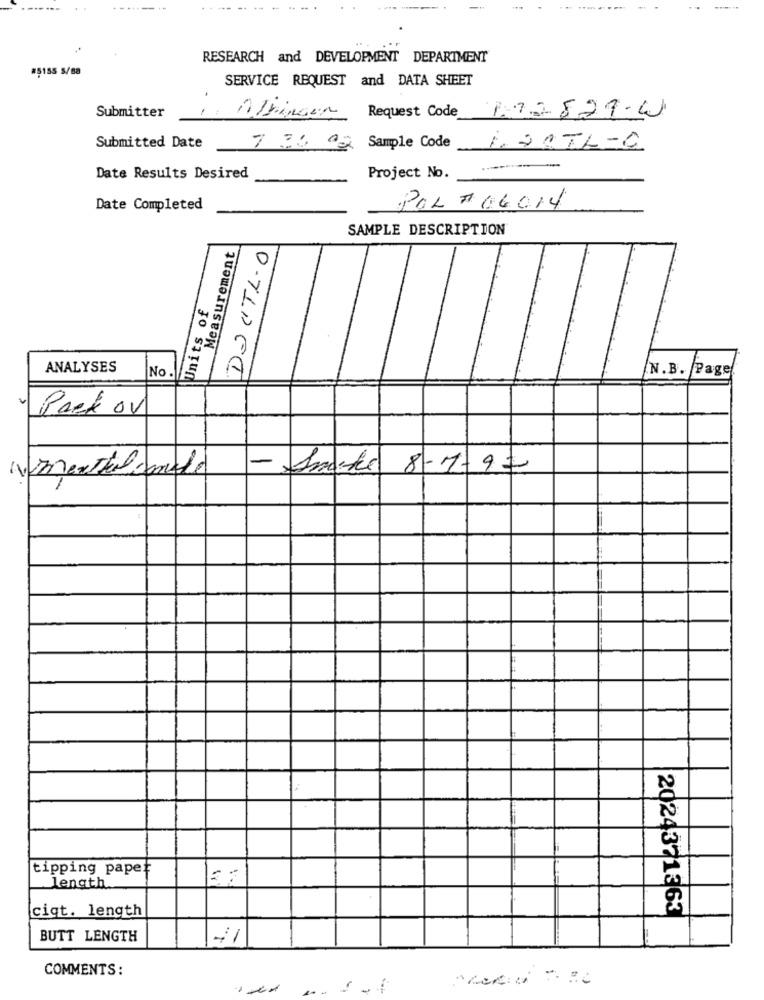
RESEARCH and DEVELOPMENT DEPARTMENT
#5155 5/88
SERVICE REQUEST and DATA SHEET
Request Code 172829-W
Submitter
Submitted Date
7 20 02 Sample Code 1.20TL-0
Date Results Desired
Project No.
Date Completed
POL 7 06014
SAMPLE DESCRIPTION
Measurement
DOCTL-O
0
Units of
ANALYSES
No
A
N.B. Page
Pack ov
- Snake 8 - 7-9=
ABerthelsende
tipping pape
length
ciqt. length
2024371363
BUTT LENGTH
41
COMMENTS: